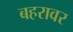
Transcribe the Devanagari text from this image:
बहरावर